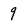
Character: 9